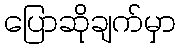
ပြောဆိုချက်မှာ